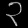
Digit: ၃